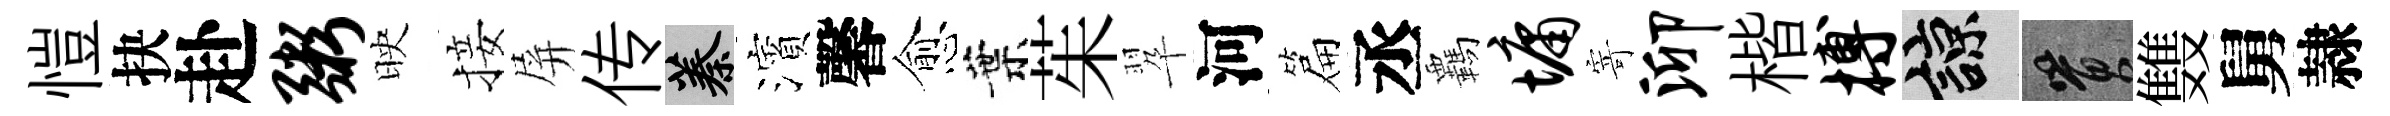
愷抉赴粥映接屏传蓁濱馨愈葉茱翆河篇丞覊墉寄泖楷搏諒篔䨇舅隷